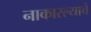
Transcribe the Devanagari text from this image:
नाकारल्याचे